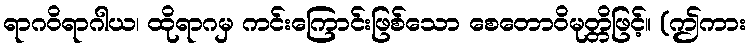
ရာဂဝိရာဂါယ၊ ထိုရာဂမှ ကင်းကြောင်းဖြစ်သော စေတောဝိမုတ္တိဖြင့်။ (ဤကား